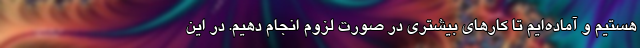
هستیم و آماده‌ایم تا کار‌های بیشتری در صورت لزوم انجام دهیم. در این